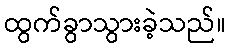
ထွက်ခွာသွားခဲ့သည်။